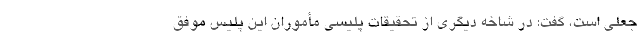
جعلی است، گفت: در شاخه دیگری از تحقیقات پلیسی مأموران این پلیس موفق